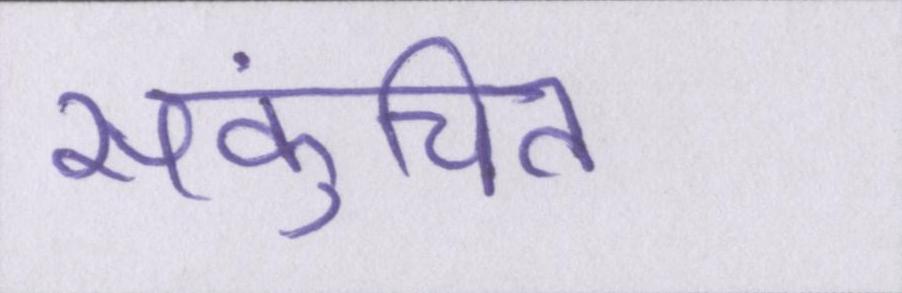
संकुचित